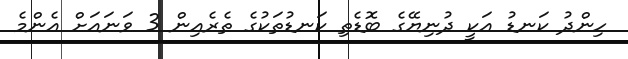
ހިންދު ކަނޑު އަކީ ދުނިޔޭގެ ބޮޑެތި ކަނޑުތަކުގެ ތެރެއިން 3 ވަނައަށް އެންމެ